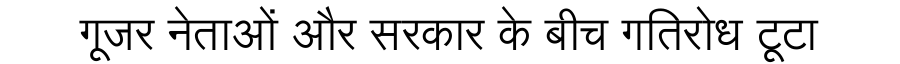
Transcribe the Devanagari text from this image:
गूजर नेताओं और सरकार के बीच गतिरोध टूटा